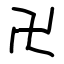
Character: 卍